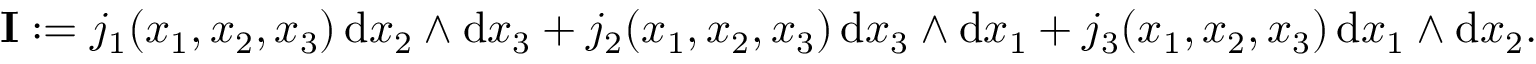
\mathbf { I } : = j _ { 1 } ( x _ { 1 } , x _ { 2 } , x _ { 3 } ) \, \mathrm { { d } } x _ { 2 } \wedge \mathrm { { d } } x _ { 3 } + j _ { 2 } ( x _ { 1 } , x _ { 2 } , x _ { 3 } ) \, \mathrm { { d } } x _ { 3 } \wedge \mathrm { { d } } x _ { 1 } + j _ { 3 } ( x _ { 1 } , x _ { 2 } , x _ { 3 } ) \, \mathrm { { d } } x _ { 1 } \wedge \mathrm { { d } } x _ { 2 } .